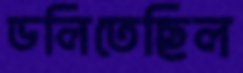
ডলিতেছিল